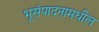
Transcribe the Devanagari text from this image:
भूसंपादनामधील